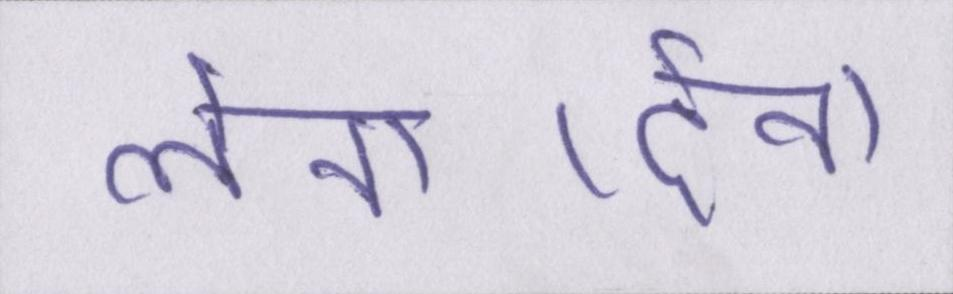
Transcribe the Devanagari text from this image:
लेना-देना